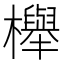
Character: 櫸